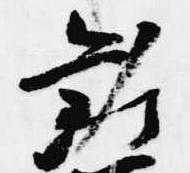
勸